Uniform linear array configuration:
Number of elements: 32
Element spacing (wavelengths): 0.75
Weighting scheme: exponential
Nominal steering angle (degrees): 15
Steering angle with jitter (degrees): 16.961
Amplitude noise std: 0.05
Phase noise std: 0.05

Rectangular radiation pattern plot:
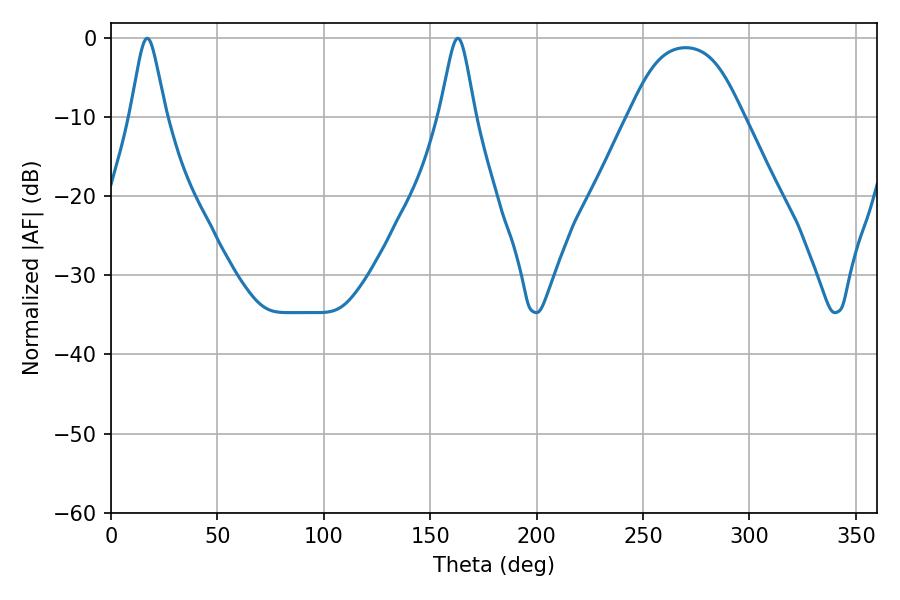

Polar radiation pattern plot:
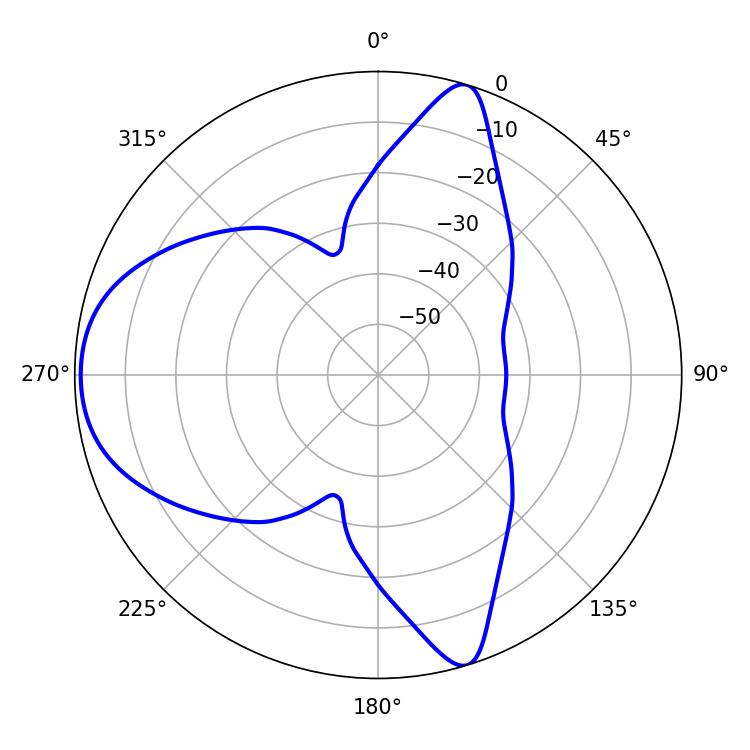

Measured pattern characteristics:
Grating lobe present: TRUE
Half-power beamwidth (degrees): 7.92
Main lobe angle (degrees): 17.1